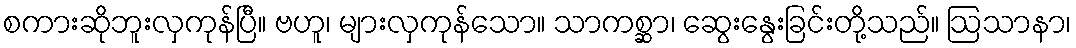
စကားဆိုဘူးလှကုန်ပြီ။ ဗဟူ၊ များလှကုန်သော။ သာကစ္ဆာ၊ ဆွေးနွေးခြင်းတို့သည်။ ဩသာနာ၊